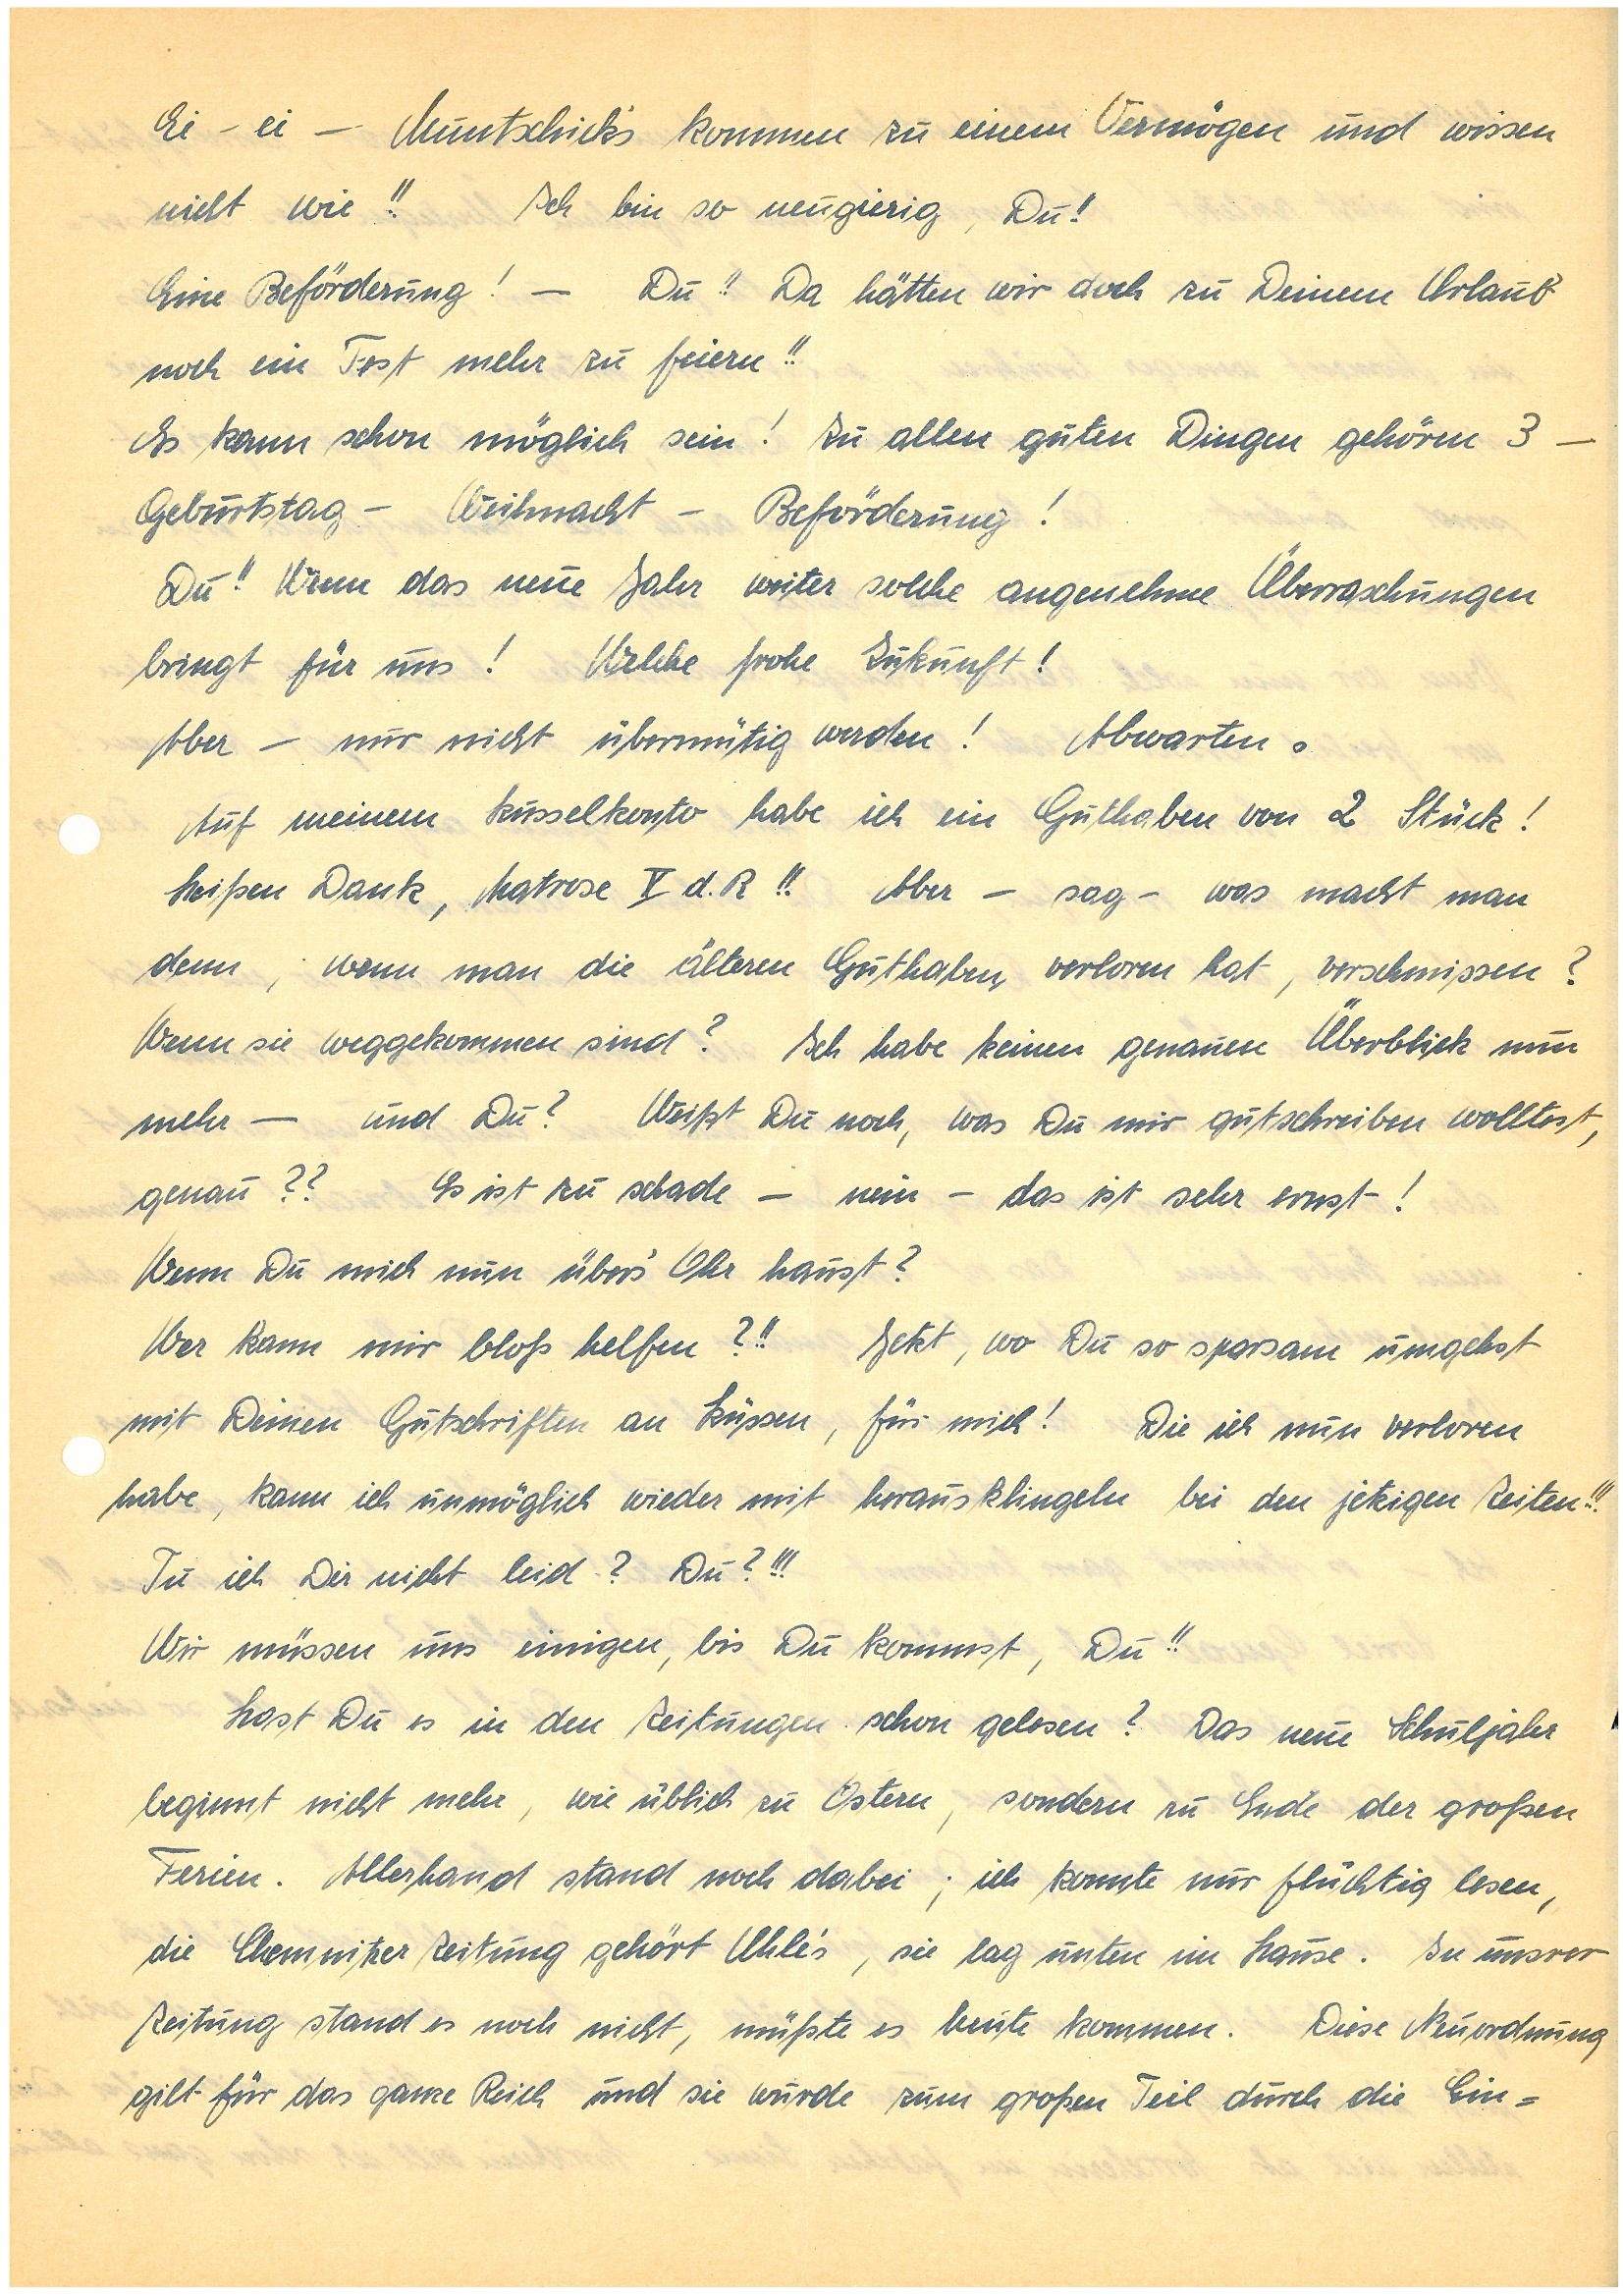
Ei – ei – ’s kommen zu einem Vermögen und wissen
nicht wie!! Ich bin so neugierig, Du!
Eine Beförderung! – Du!! Da hätten wir doch zu Deinem Urlaub
noch ein Fest mehr zu feiern!!
Es kann schon möglich sein! Zu allen guten Dingen gehören 3 –
Geburtstag – Weihnacht – Beförderung!
Du!! Wenn das neue Jahr weiter solche angenehme Überraschungen
bringt für uns! Welche frohe Zukunft!
Aber – nur nicht übermütig werden! Abwarten.
Auf meinem Kusselkonto habe ich ein Guthaben von 2 Stück!
Heißen Dank, Matrose X d. R!! Aber – sag – was macht man
denn, wenn man die älteren Guthaben verloren hat, verschmissen?
Wenn sie weggekommen sind? Ich habe keinen genauen Überblick nun
mehr — und Du? Weißt Du noch, was Du mir gutschreiben wolltest,
genau?? Es ist zu schade – nein – das sehr ernst!
Wenn Du mich nun über’s Ohr haust?
Wer kann mir bloß helfen?!! Jetzt, wo Du so sparsam umgehst
mit Deinen Gutschriften an Küssen, für mich! Die ich nun verloren
habe, kann ich unmöglich wieder mit herausklingeln bei den jetzigen Zeiten!!!
Tu ich Dir nicht leid? Du?!!!
Wir müssen uns einigen bis Du kommst, Du!!
Hast Du es in den Zeitungen schon gelesen? Das neue Schuljahr
beginnt nicht mehr, wie üblich zu Ostern, sondern zu Ende der großen
Ferien. Allerhand stand noch dabei; ich konnte nur flüchtig lesen,
die Chemnitzer Zeitung gehört U.’s, sie lag unten im Hause. In unsrer
Zeitung stand es noch nicht, müßte es heute kommen. Diese Neuordnung
gilt für das ganze Reich und sie würde zum großen Teil durch die Ein¬